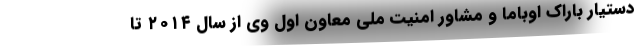
دستیار باراک اوباما و مشاور امنیت ملی معاون اول وی از سال ۲۰۱۴ تا